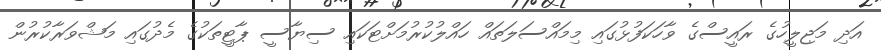
އަދި މަޖިލީހުގެ ރައީސްގެ ވާހަކަފުޅުގައި މިމައްސަލަތައް ހައްލުކުރުމަށްޓަކައި ސިޔާސީ ޕާޓީތަކުގެ މެދުގައި މަޝްވަރާކުރުން